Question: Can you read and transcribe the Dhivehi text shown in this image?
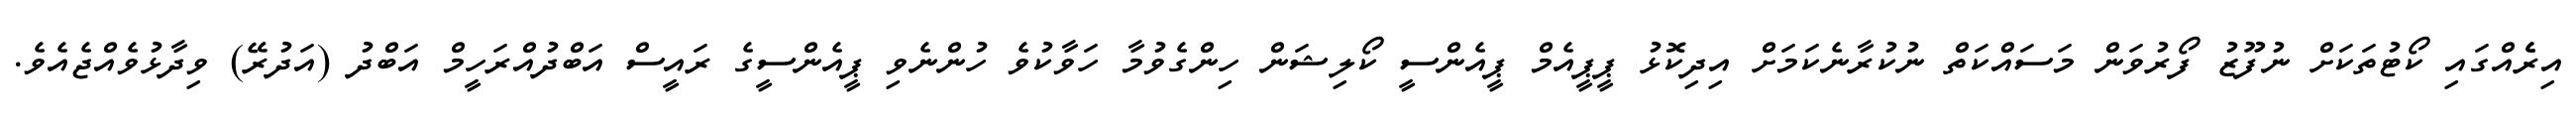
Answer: އިރެެއްގައި ކޯޓުތަކަށް ނުފޫޒު ފޯރުވަން މަސައްކަތް ނުކުރާނެކަމަށް އިދިކޮޅު ޕީޕީއެމް ޕީއެންސީ ކޯލިޝަން ހިންގެވުމާ ހަވާކުވެ ހުންނެވި ޕީއެންސީގެ ރައީސް އަބްދުއްރަހީމް އަބްދު (އަދުރޭ) ވިދާޅުވެއްޖެއެވެ.